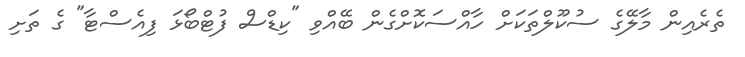
ތެރެއިން މާލޭގެ ސުކޫލްތަކަށް ހާއްސަކޮށްގެން ބޭއްވި "ކިޑްސް ފުޓްބޯޅަ ފިއެސްޓާ" ގެ ތަށި